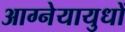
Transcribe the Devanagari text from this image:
आग्नेयायुधों